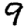
Digit: 9